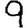
Digit: 9